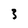
Character: 3